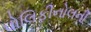
પોલિફીનોલની